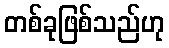
တစ်ခုဖြစ်သည်ဟု